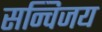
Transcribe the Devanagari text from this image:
सन्विजय